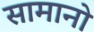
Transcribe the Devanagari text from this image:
सामानो